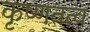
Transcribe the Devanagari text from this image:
कृष्णतत्व